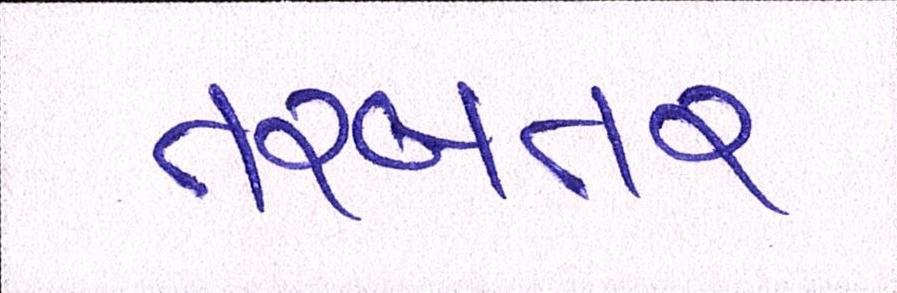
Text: તરબતર